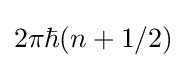
2\pi \hbar (n+1/2)